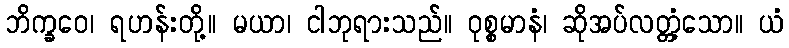
ဘိက္ခဝေ၊ ရဟန်းတို့။ မယာ၊ ငါဘုရားသည်။ ဝုစ္စမာနံ၊ ဆိုအပ်လတ္တံ့သော။ ယံ